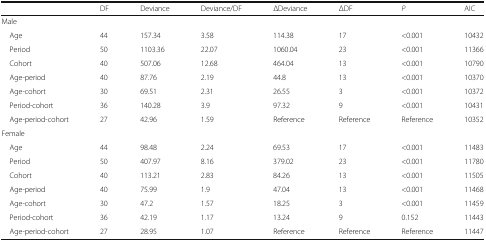
<table><thead><tr><td></td><td><b>DF</b></td><td><b>Deviance</b></td><td><b>Deviance/DF</b></td><td><b>ΔDeviance</b></td><td><b>ΔDF</b></td><td><b><i>P</i></b></td><td><b>AIC</b></td></tr></thead><tbody><tr><td colspan="8">Male</td></tr><tr><td> Age</td><td>44</td><td>157.34</td><td>3.58</td><td>114.38</td><td>17</td><td>&lt;0.001</td><td>10432</td></tr><tr><td> Period</td><td>50</td><td>1103.36</td><td>22.07</td><td>1060.04</td><td>23</td><td>&lt;0.001</td><td>11366</td></tr><tr><td> Cohort</td><td>40</td><td>507.06</td><td>12.68</td><td>464.04</td><td>13</td><td>&lt;0.001</td><td>10790</td></tr><tr><td> Age-period</td><td>40</td><td>87.76</td><td>2.19</td><td>44.8</td><td>13</td><td>&lt;0.001</td><td>10370</td></tr><tr><td> Age-cohort</td><td>30</td><td>69.51</td><td>2.31</td><td>26.55</td><td>3</td><td>&lt;0.001</td><td>10372</td></tr><tr><td> Period-cohort</td><td>36</td><td>140.28</td><td>3.9</td><td>97.32</td><td>9</td><td>&lt;0.001</td><td>10431</td></tr><tr><td> Age-period-cohort</td><td>27</td><td>42.96</td><td>1.59</td><td>Reference</td><td>Reference</td><td>Reference</td><td>10352</td></tr><tr><td colspan="8">Female</td></tr><tr><td> Age</td><td>44</td><td>98.48</td><td>2.24</td><td>69.53</td><td>17</td><td>&lt;0.001</td><td>11483</td></tr><tr><td> Period</td><td>50</td><td>407.97</td><td>8.16</td><td>379.02</td><td>23</td><td>&lt;0.001</td><td>11780</td></tr><tr><td> Cohort</td><td>40</td><td>113.21</td><td>2.83</td><td>84.26</td><td>13</td><td>&lt;0.001</td><td>11505</td></tr><tr><td> Age-period</td><td>40</td><td>75.99</td><td>1.9</td><td>47.04</td><td>13</td><td>&lt;0.001</td><td>11468</td></tr><tr><td> Age-cohort</td><td>30</td><td>47.2</td><td>1.57</td><td>18.25</td><td>3</td><td>&lt;0.001</td><td>11459</td></tr><tr><td> Period-cohort</td><td>36</td><td>42.19</td><td>1.17</td><td>13.24</td><td>9</td><td>0.152</td><td>11443</td></tr><tr><td> Age-period-cohort</td><td>27</td><td>28.95</td><td>1.07</td><td>Reference</td><td>Reference</td><td>Reference</td><td>11447</td></tr></tbody></table>